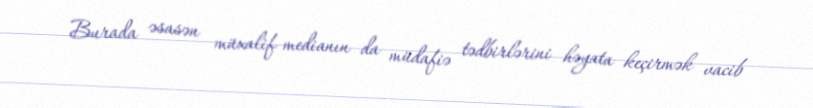
Burada əsasən müxalif medianın da müdafiə tədbirlərini həyata keçirmək vacib